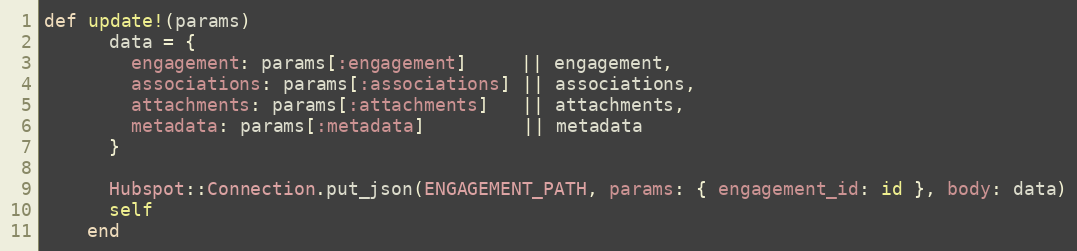
Language: Ruby
def update!(params)
      data = {
        engagement: params[:engagement]     || engagement,
        associations: params[:associations] || associations,
        attachments: params[:attachments]   || attachments,
        metadata: params[:metadata]         || metadata
      }

      Hubspot::Connection.put_json(ENGAGEMENT_PATH, params: { engagement_id: id }, body: data)
      self
    end